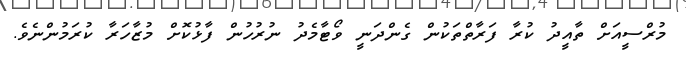
މުރްސީއަށް ތާއީދު ކުރާ ފަރާތްތަކުން ގެންދަނީ ވޯޓާމެދު ނުރުހުން ފާޅުކޮށް މުޒާހަރާ ކުރަމުންނެވެ.